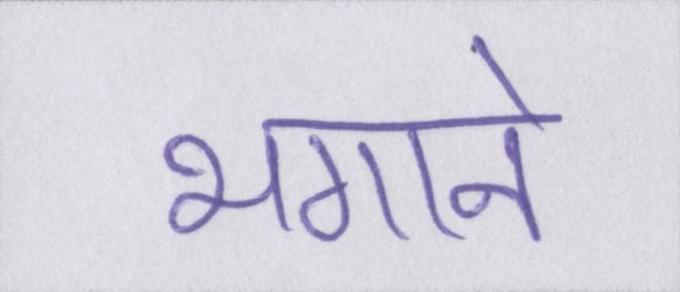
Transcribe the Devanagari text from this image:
भगाने